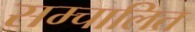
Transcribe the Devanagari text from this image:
सम्चालित